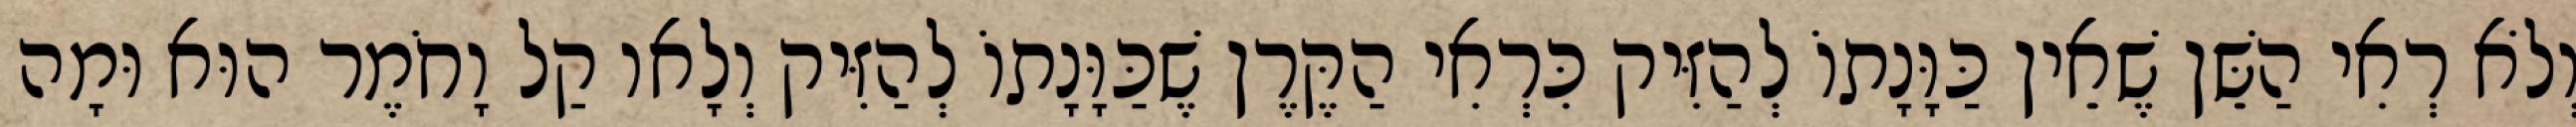
וְלֹא רְאִי הַשֵּׁן שֶׁאֵין כַּוָּנָתוֹ לְהַזִּיק כִּרְאִי הַקֶּרֶן שֶׁכַּוָּנָתוֹ לְהַזִּיק וְלָאו קַל וָחֹמֶר הוּא וּמָה